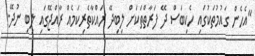
"އެހެން ގައުމުތަކުގައި ހެކިބަސް ދޭ ފަރާތްތަކަށް ލިބިދޭ ރައްކާތެރިކަމެއް ރާއްޖޭގައި ލިބި ނުދޭ.